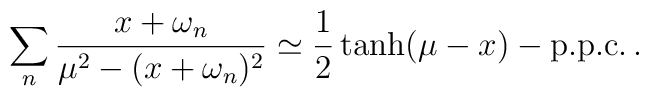
\sum_n\frac{x+\omega_n}{\mu^2-(x+\omega_n)^2} \simeq\frac{1}{2}\tanh(\mu-x)-\hbox{p.p.c.}\,.